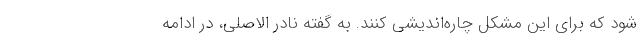
شود که برای این مشکل چاره‌اندیشی کنند. به گفته نادر الاصلی، در ادامه